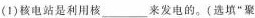
(1)核电站是利用核___来发电的。(选填”聚